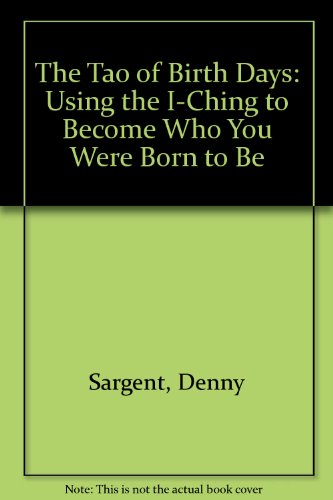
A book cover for The Tao of Birth Days: Using the I-Ching to Become Who You Were Born to Be; Denny Sargent; Religion & Spirituality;